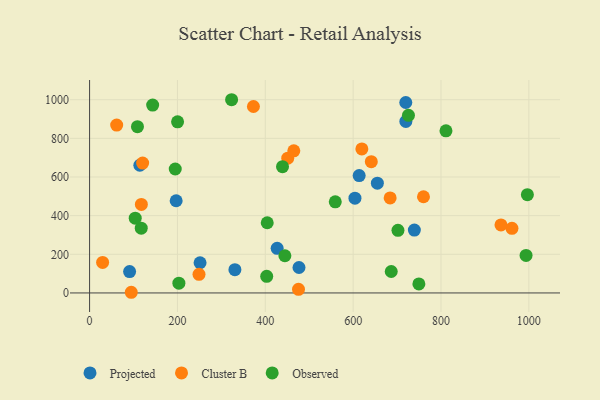
{"axis": {"x": "Experience", "y": "Rating"}, "legend": ["Cluster B", "Observed", "Projected"], "data": [{"x": "476.7", "y": 131.6, "type": "Projected"}, {"x": "197.1", "y": 477.2, "type": "Projected"}, {"x": "739.3", "y": 325.5, "type": "Projected"}, {"x": "720.0", "y": 887.4, "type": "Projected"}, {"x": "604.1", "y": 490.6, "type": "Projected"}, {"x": "91.1", "y": 110.7, "type": "Projected"}, {"x": "330.8", "y": 120.7, "type": "Projected"}, {"x": "655.1", "y": 568.0, "type": "Projected"}, {"x": "251.5", "y": 156.4, "type": "Projected"}, {"x": "613.7", "y": 607.5, "type": "Projected"}, {"x": "427.0", "y": 231.0, "type": "Projected"}, {"x": "719.8", "y": 985.6, "type": "Projected"}, {"x": "114.4", "y": 660.8, "type": "Projected"}, {"x": "961.5", "y": 334.2, "type": "Cluster B"}, {"x": "936.5", "y": 352.1, "type": "Cluster B"}, {"x": "94.9", "y": 3.5, "type": "Cluster B"}, {"x": "373.0", "y": 964.8, "type": "Cluster B"}, {"x": "29.7", "y": 158.0, "type": "Cluster B"}, {"x": "451.1", "y": 697.2, "type": "Cluster B"}, {"x": "760.1", "y": 497.9, "type": "Cluster B"}, {"x": "619.8", "y": 745.4, "type": "Cluster B"}, {"x": "61.7", "y": 868.5, "type": "Cluster B"}, {"x": "120.8", "y": 672.2, "type": "Cluster B"}, {"x": "684.2", "y": 491.9, "type": "Cluster B"}, {"x": "641.3", "y": 679.4, "type": "Cluster B"}, {"x": "249.1", "y": 96.6, "type": "Cluster B"}, {"x": "475.6", "y": 18.6, "type": "Cluster B"}, {"x": "117.9", "y": 458.0, "type": "Cluster B"}, {"x": "464.9", "y": 735.3, "type": "Cluster B"}, {"x": "444.6", "y": 192.4, "type": "Observed"}, {"x": "195.0", "y": 641.5, "type": "Observed"}, {"x": "117.6", "y": 335.1, "type": "Observed"}, {"x": "103.9", "y": 386.9, "type": "Observed"}, {"x": "993.6", "y": 194.2, "type": "Observed"}, {"x": "439.2", "y": 653.7, "type": "Observed"}, {"x": "702.0", "y": 324.1, "type": "Observed"}, {"x": "559.3", "y": 471.7, "type": "Observed"}, {"x": "811.3", "y": 839.0, "type": "Observed"}, {"x": "725.9", "y": 919.1, "type": "Observed"}, {"x": "749.6", "y": 46.8, "type": "Observed"}, {"x": "203.3", "y": 50.6, "type": "Observed"}, {"x": "143.6", "y": 972.4, "type": "Observed"}, {"x": "109.0", "y": 860.5, "type": "Observed"}, {"x": "323.3", "y": 999.9, "type": "Observed"}, {"x": "403.2", "y": 86.1, "type": "Observed"}, {"x": "404.4", "y": 363.4, "type": "Observed"}, {"x": "686.7", "y": 110.9, "type": "Observed"}, {"x": "996.6", "y": 508.6, "type": "Observed"}, {"x": "200.3", "y": 885.5, "type": "Observed"}]}